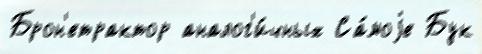
Брон'етрактор аналог'и́чных Са́моjе Бук